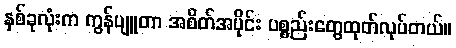
နှစ်ခုလုံးက ကွန်ပျူတာ အစိတ်အပိုင်း ပစ္စည်းတွေထုတ်လုပ်တယ်။